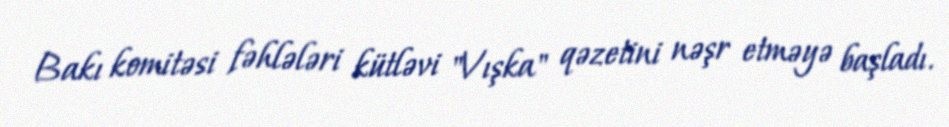
Bakı komitəsi fəhlələri kütləvi "Vışka" qəzetini nəşr etməyə başladı.